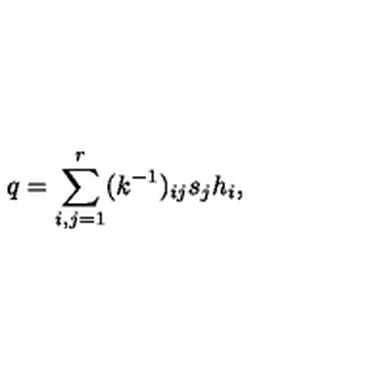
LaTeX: q = \sum _ { i , j = 1 } ^ { r } ( k ^ { - 1 } ) _ { i j } s _ { j } h _ { i } ,